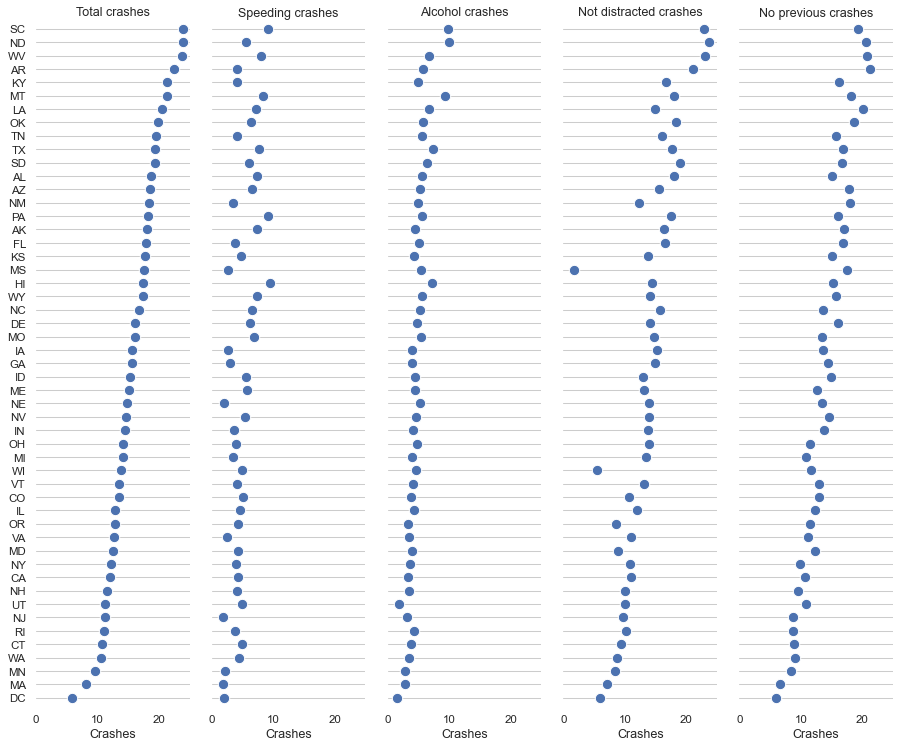
python, seaborn, PairGrid, despine